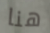
هنا